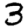
Digit: 3